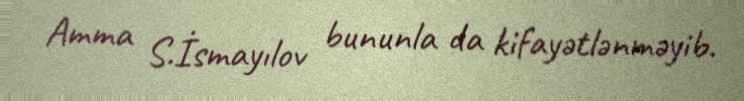
Amma S.İsmayılov bununla da kifayətlənməyib.